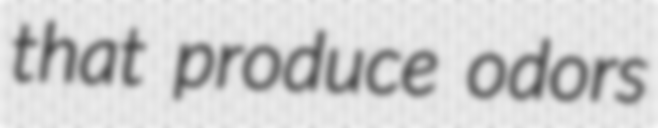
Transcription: that produce odors